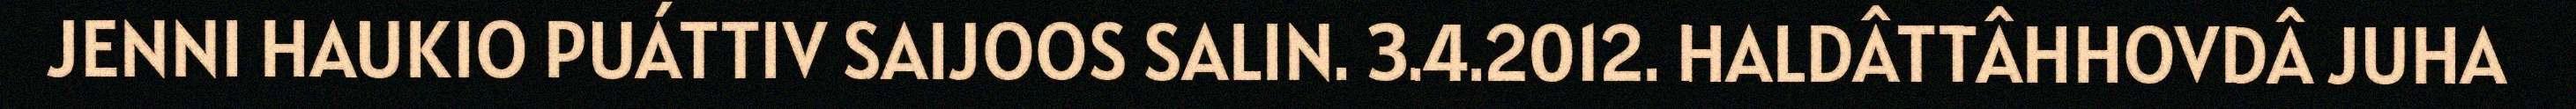
JENNI HAUKIO PUÁTTIV SAIJOOS SALIN. 3.4.2012. HALDÂTTÂHHOVDÂ JUHA